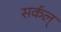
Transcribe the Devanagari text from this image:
सर्कल्